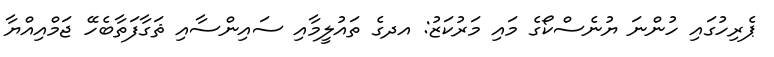
ޕެރިހުގައި ހުންނަ ޔުނެސްކޯގެ މައި މަރުކަޒު: އދގެ ތައުލީމާއި ސައިންސާއި ޘަގާފަތާބެހޭ ޖަމްއިއްޔާ